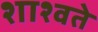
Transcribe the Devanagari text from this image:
शाश्वते